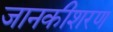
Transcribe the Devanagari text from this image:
जानकीशरण